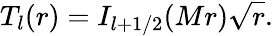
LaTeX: T_{l}(r)=I_{l+1/2}(Mr)\sqrt{r}.